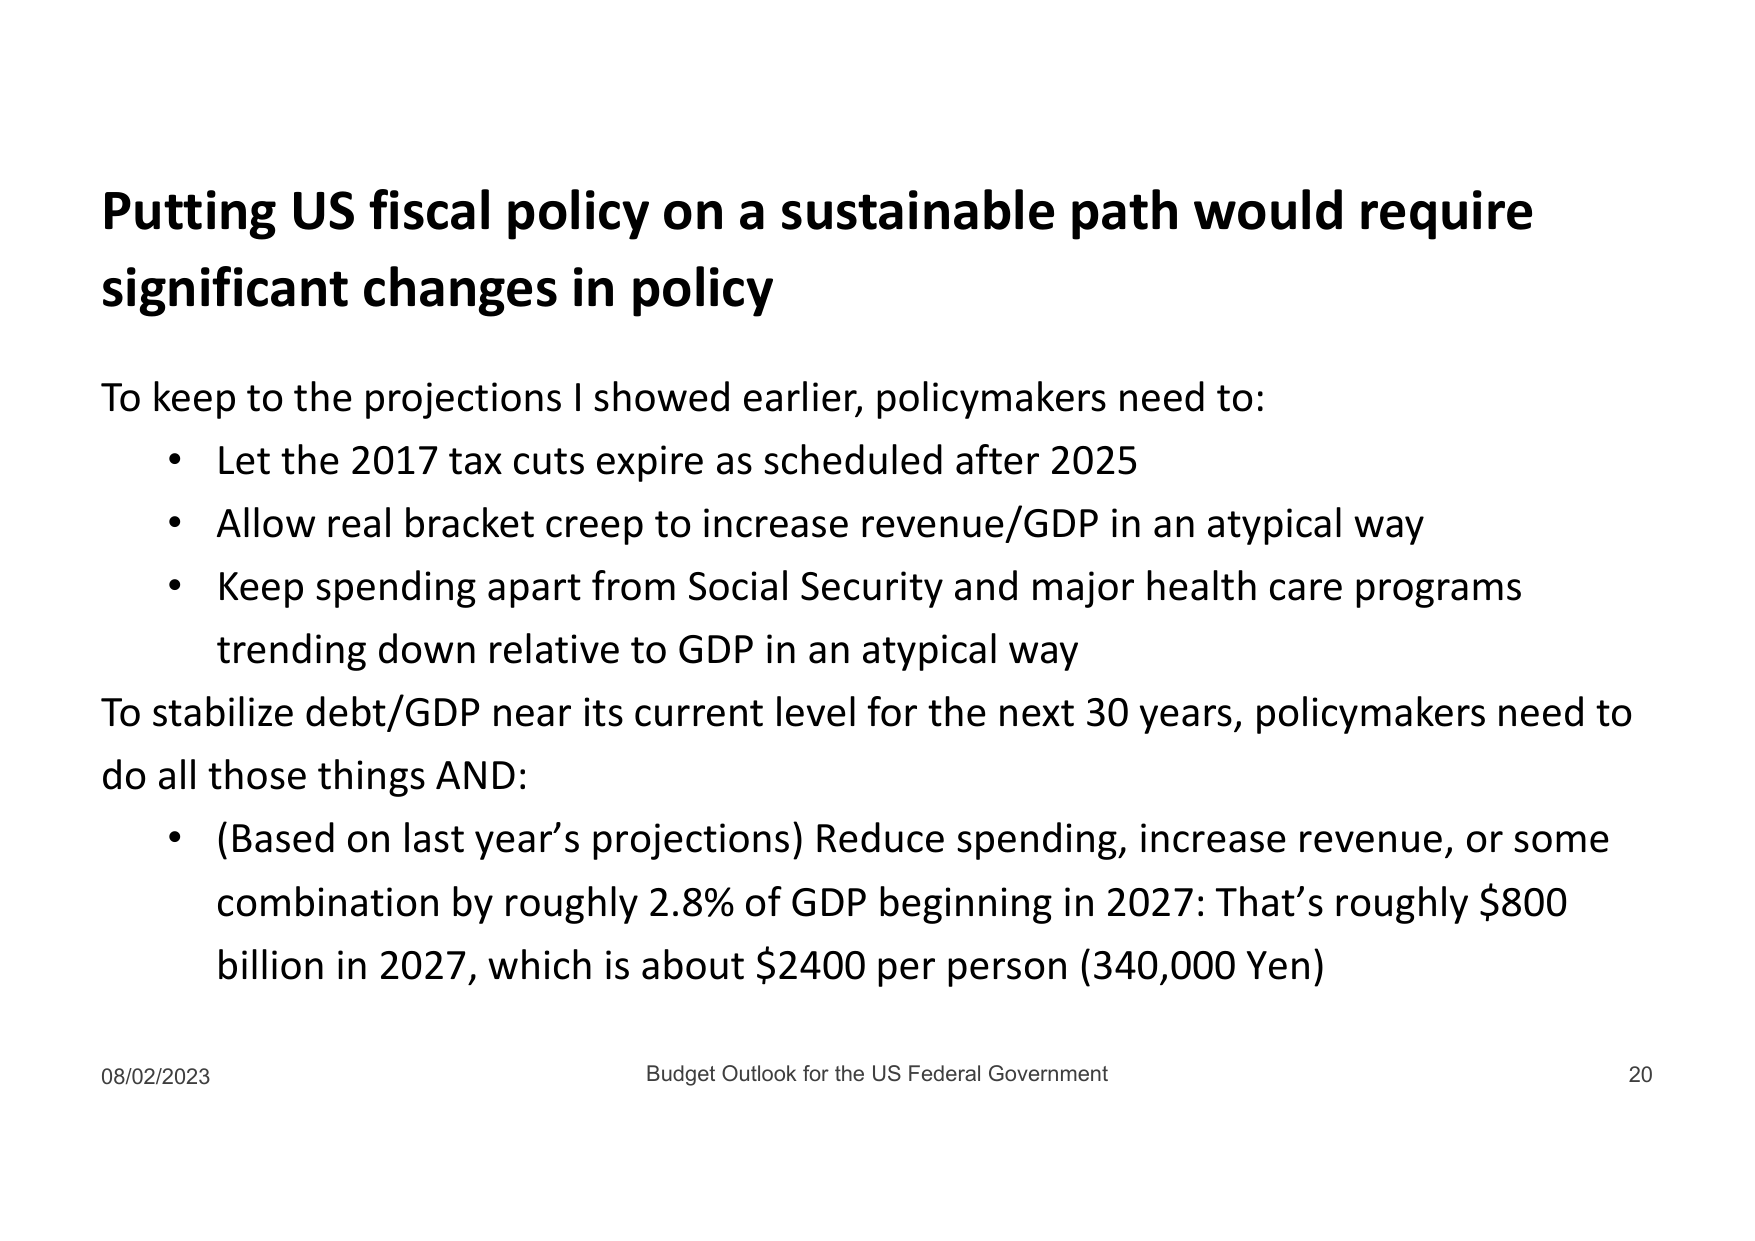
Putting US fiscal policy on a sustainable path would require significant changes in policy

To keep to the projections I showed earlier, policymakers need to:
• Let the 2017 tax cuts expire as scheduled after 2025
• Allow real bracket creep to increase revenue/GDP in an atypical way
• Keep spending apart from Social Security and major health care programs trending down relative to GDP in an atypical way

To stabilize debt/GDP near its current level for the next 30 years, policymakers need to do all those things AND:
• (Based on last year’s projections) Reduce spending, increase revenue, or some combination by roughly 2.8% of GDP beginning in 2027: That’s roughly $800 billion in 2027, which is about $2400 per person (340,000 Yen)

08/02/2023 Budget Outlook for the US Federal Government 20